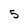
Character: 5